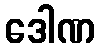
ဒေါဏ